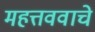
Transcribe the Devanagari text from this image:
महत्तववाचे